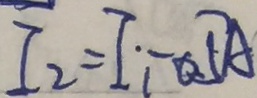
I _ { 2 } = I _ { 1 } \cdot - 0 . 5 A